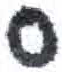
אות: ס